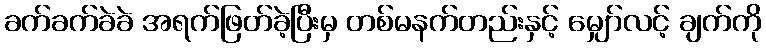
ခက်ခက်ခဲခဲ အရက်ဖြတ်ခဲ့ပြီးမှ တစ်မနက်တည်းနှင့် မျှော်လင့် ချက်ကို